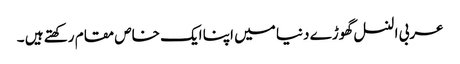
عربی النسل گھوڑے دنیا میں اپنا ایک خاص مقام رکھتے ہیں ۔